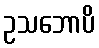
ဥသဘောပိ